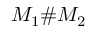
M _ { 1 } \# M _ { 2 }